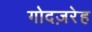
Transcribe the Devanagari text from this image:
गोदज़रेह